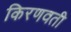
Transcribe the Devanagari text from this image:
किरणवती